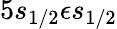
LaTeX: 5s_{1/2}\epsilon s_{1/2}